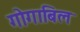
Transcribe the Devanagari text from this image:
गोगाबिल